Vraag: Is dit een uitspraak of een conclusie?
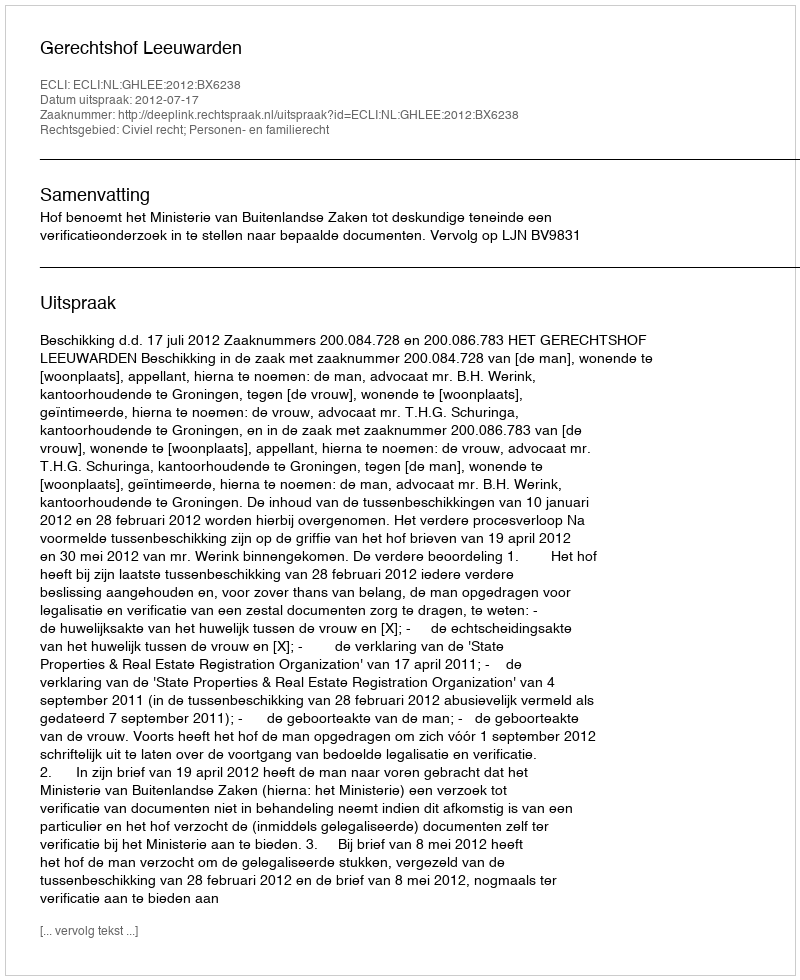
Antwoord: Uitspraak